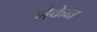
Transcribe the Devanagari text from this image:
नैकेन